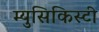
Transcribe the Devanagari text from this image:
म्युसिकिस्टी